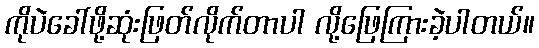
ကိုပဲခေါ်ဖို့ဆုံးဖြတ်လိုက်တာပါ လို့ဖြေကြားခဲ့ပါတယ်။